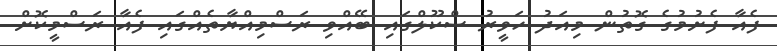
ފެއާ ފެށުމުގެ ގޮތުން މިއަދު ހަވީރު ސްކޫލްގައި ބޭއްވި ރަސްމިއްޔާތެއްގައި ފެއާ ރަސްމީކޮށް